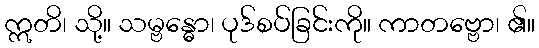
ဣတိ၊ သို့။ သမ္ဗန္ဓော၊ ပုဒ်စပ်ခြင်းကို။ ကာတဗ္ဗော၊ ၏။